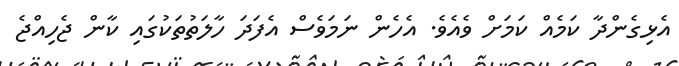
އެޅިގެންދާ ކަމެއް ކަމަށް ވެއެވެ. އެހެން ނަމަވެސް އެފަދަ ހާލަތުތަކުގައި ކާން ޖެހިއްޖެ